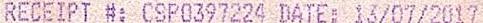
RECEIPT #: CSP0397224 DATE: 13/07/2017